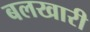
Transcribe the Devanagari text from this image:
बलखारी